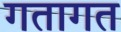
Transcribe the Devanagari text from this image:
गतागत